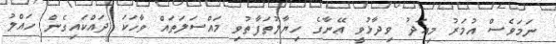
ނަމަވެސް އުމަރު މިއަދު ވިދާޅުވީ އޭނާގެ ހިޔާލުތަފާތުވި މައްސަލަތައް ވާހަކަ ދައްކައިގެން ހައްލު